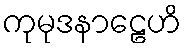
ကုမုဒနာဠေဟိ